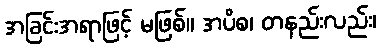
အခြင်းအရာဖြင့် မဖြစ်။ အပိစ၊ တနည်းလည်း၊